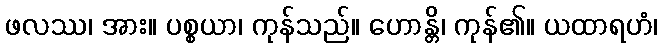
ဖလဿ၊ အား။ ပစ္စယာ၊ ကုန်သည်။ ဟောန္တိ၊ ကုန်၏။ ယထာရဟံ၊